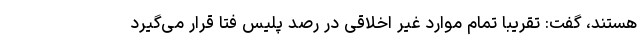
هستند، گفت: تقریبا تمام موارد غیر اخلاقی در رصد پلیس فتا قرار می‌گیرد